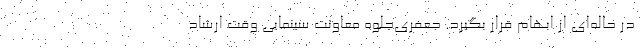
در حاله‌ای از ابهام قرار بگیرد. جعفری‌جلوه معاونت سینمایی وقت ارشاد